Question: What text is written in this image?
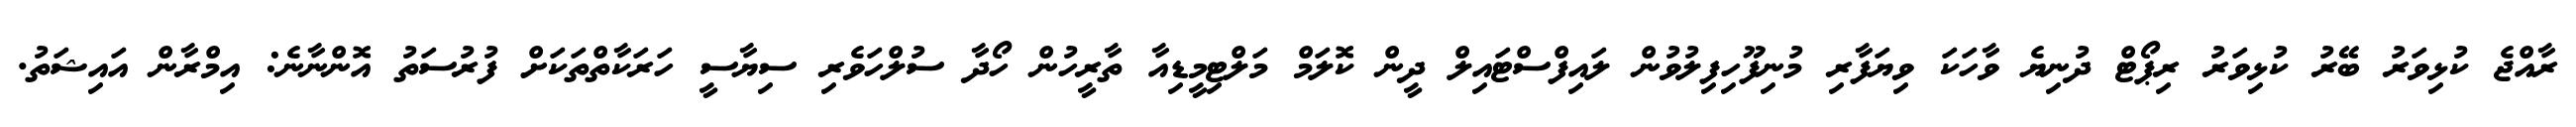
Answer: ރާއްޖެ ކުޅިވަރު ބޭރު ކުޅިވަރު ރިޕޯޓް ދުނިޔެ ވާހަކަ ވިޔަފާރި މުނިފޫހިފިލުވުން ލައިފްސްޓައިލް ދީން ކޮލަމް މަލްޓިމީޑިއާ ތާރީހުން ހޯދާ ސުލްހަވެރި ސިޔާސީ ހަރަކާތްތަކަށް ފުރުސަތު އޮންނާނެ: އިމްރާން އައިޝަތު.